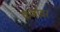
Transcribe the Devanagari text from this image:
कर्जावर